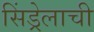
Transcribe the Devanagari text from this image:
सिंड्रेलाची